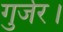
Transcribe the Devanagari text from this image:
गुर्जर।